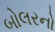
બોલરનો